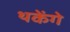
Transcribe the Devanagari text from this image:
थकेंगे